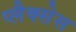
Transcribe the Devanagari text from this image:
प्लैक्सेस